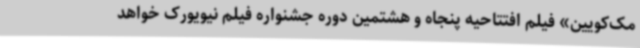
مک‌کویین» فیلم افتتاحیه پنجاه و هشتمین دوره جشنواره فیلم نیویورک خواهد